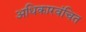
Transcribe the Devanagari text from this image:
अधिकारवंचित